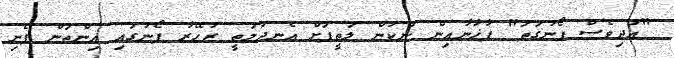
"އަދިވެސް ފޯނުގަތަ" ފާޚާނާއިން ނުކުން ލަތީފަށް އެނދުމަތީ ޒުހޭރާ ފޯނުގައި އިންތަން ފެނި